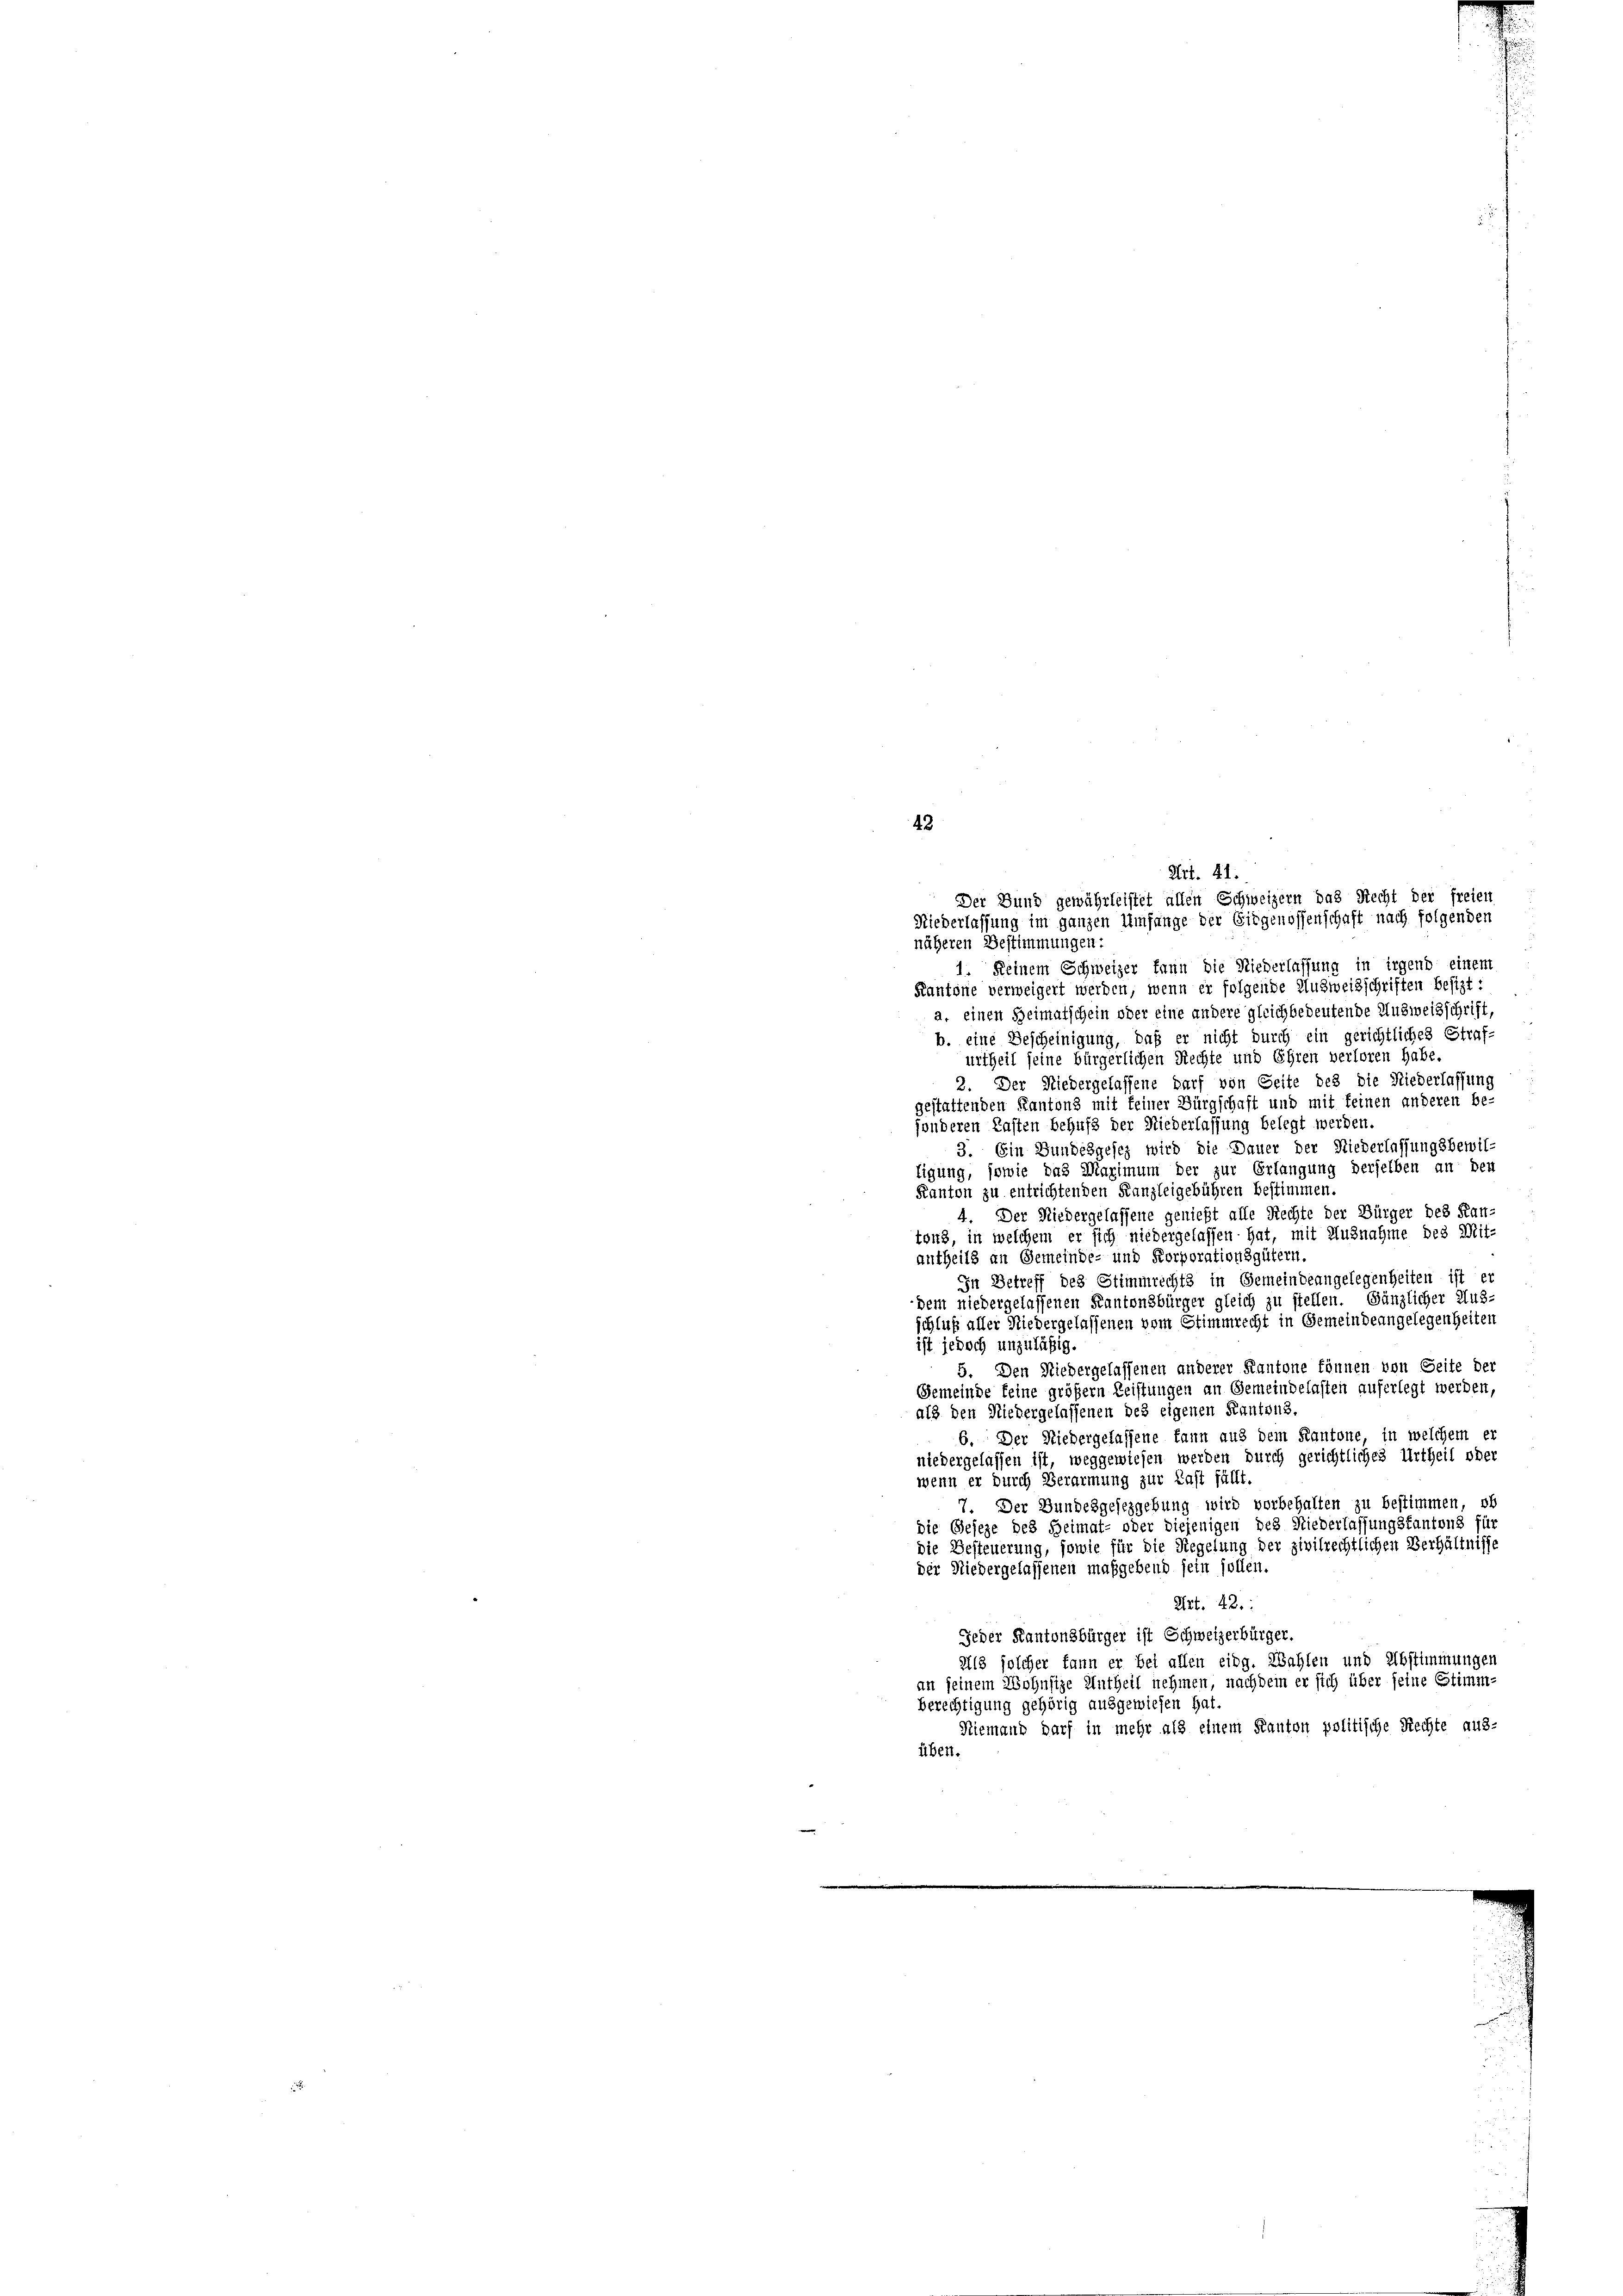
43

. 41.

Der Bund gewährleistet allen Schweizern das Recht der freien
Niederlassung im ganzen Umfange der Eidgenossenschaft nach folgenden
näheren Bestimmungen:
1. Keinem Schweizer kann die Niederlassung in irgend einem
Kantone verweigert werden, wenn er folgende Ausweisschriften besizt:
a. einen Heimatschein oder eine andere gleichbedeutende Ausweisschrift,
b. eine Bescheinigung, daß er nicht durch ein gerichtliches Straf-
urtheil seine bürgerlichen Rechte und Ehren verloren habe.
2. Der Niedergelassene darf von Seite des die Niederlassung
gestattenden Kantons mit keiner Bürgschaft und mit keinen anderen be-
fonderen Kasten behufs der Niederlassung belegt werden.
3. Ein Gundesgesetz wird die Dauer der Niederlassungsbewil-
tigung, sowie das Maximum der zur Erlangung derselben an den
Kanton zu entrichtenden Kanzleigebühren bestimmen.
4. Der Niedergelassene genießt alle Rechte der Bürger des Kan-
tons, in welchem er sich niedergelassen hat, mit Ausnahme des Mit-
antheils an Gemeinde- und Korporationsgütern.
In Betreff des Stimmrechts in Gemeindeangelegenheiten ist er
dem niedergelassenen Kantonsbürger gleich zu stellen. Gänzlicher Aus-
schluß aller Niedergelassenen vom Stimmrecht in Gemeindeangelegenheiten
ist jedoch unzuläßig
5. Den Niedergelassenen anderer Kantone können von Seite der
Gemeinde keine größern Leistungen an Gemeindelasten auferlegt werden,
als den Niedergelassenen des eigenen Kantons,
6. Der Niedergelassene kann aus dem Kantone, in welchem er
niedergelassen ist, weggewiesen werden durch gerichtliches Urtheil oder
wenn er durch Verarmung zur Last fällt.
7. Der Bundesgesezgebung wird vorbehalten zu bestimmen, ob
die Geseze des Heimat- oder diejenigen des Niederlassungsfantons für
die Besteuerung, sowie für die Regelung der zivilrechtlichen Verhältnisse
der Niedergelassenen maßgebend sein sollen.
Art. 42.
Jeder Kantonsbürger ist Schweizerbürger.
23 solcher kann er bei allen eidg. Wahlen und Abstimmungen
an seinem Wohnsige Untheil nehmen, nachdem er sich über seine Stimm-
berechtigung gehörig ausgewiesen hat.
Niemand darf in mehr als einem Kanton politische Rechte aus-
üben.

u
 N. 281 f. 7